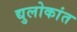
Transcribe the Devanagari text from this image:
द्युलोकांत